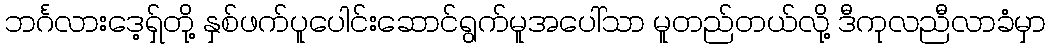
ဘင်္ဂလားဒေ့ရှ်တို့ နှစ်ဖက်ပူပေါင်းဆောင်ရွက်မူအပေါ်သာ မူတည်တယ်လို့ ဒီကုလညီလာခံမှာ